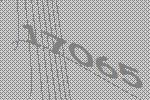
17065